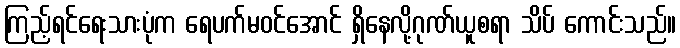
ကြည့်ရင်ရေးသားပုံက ရေပက်မဝင်အောင် ရှိနေလို့ဂုဏ်ယူစရာ သိပ် ကောင်းသည်။